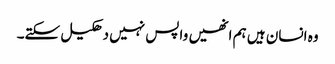
وہ انسان ہیں ہم انھیں واپس نہیں دھکیل سکتے۔